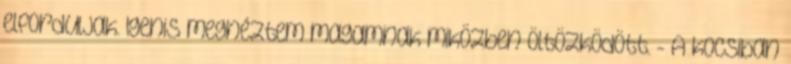
elforduljak. Igenis megnéztem magamnak miközben öltözködött. - A kocsiban